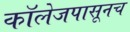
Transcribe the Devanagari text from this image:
कॉलेजपासूनच